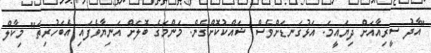
"އާދު ސީރިއާއަށް ދިޔައީމަ. އަޅުގަނޑަށްވެސް ޝައްކުކޮށްގެން. މަންމަގެ ބޮލަށް އަނިޔާވެފައި އެބަހުރިތަ" މިކާލް